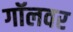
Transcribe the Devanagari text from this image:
गॉलवर